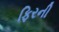
ફિરની